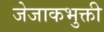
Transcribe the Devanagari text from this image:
जेजाकभुक्ती